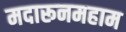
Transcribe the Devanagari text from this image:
मदारूनमहाम